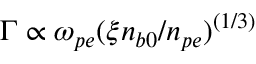
\Gamma \propto \omega _ { p e } ( \xi n _ { b 0 } / n _ { p e } ) ^ { ( 1 / 3 ) }